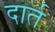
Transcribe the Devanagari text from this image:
दार्त